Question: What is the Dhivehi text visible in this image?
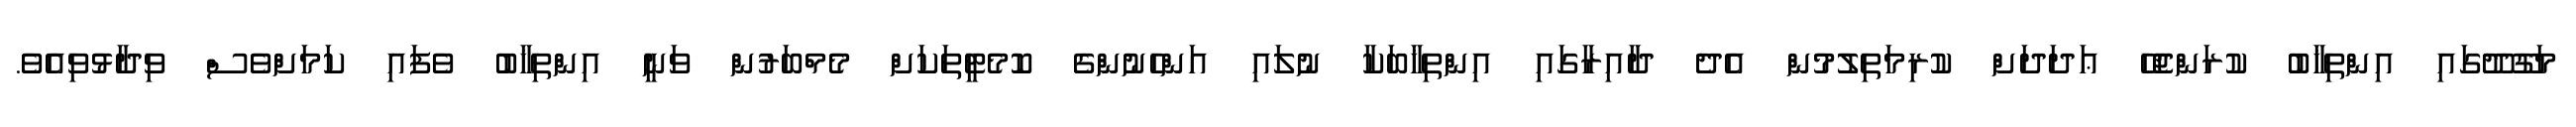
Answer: މަގޫދޫގައި އިންތިޚާބު ކުރަންޖެހޭ ޢަދަދަށް ކުރިމަތިލުމުން އެދެ ދާއިރާގައި އިންތިޚާބަކާ ނުލައި އަންހެނުންގެ ކޮމެޓީތަކަށް މެމްބަރުން ވަނީ އިންތިޚާބު ވެފައި ކަމަށްވެސް ވިދާޅުވިއެވެ.